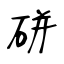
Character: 硑